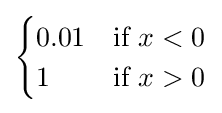
{\begin{cases}0.01&{\text{if }}x<0\\1&{\text{if }}x>0\end{cases}}